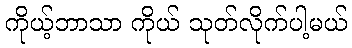
ကိုယ့်ဘာသာ ကိုယ် သုတ်လိုက်ပါ့မယ်